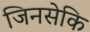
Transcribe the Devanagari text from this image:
जिनसेकि